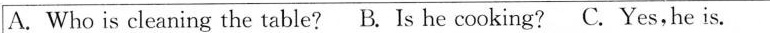
A. Who is cleaning the table? B. Ls he cooking?C. Yes,he is.